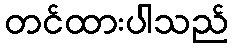
တင်ထားပါသည်